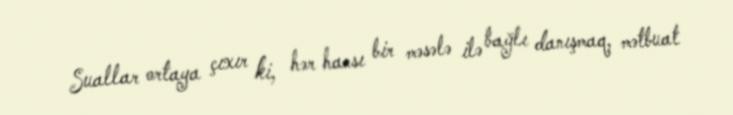
Suallar ortaya çıxır ki, hər hansı bir məsələ ilə bağlı danışmaq, mətbuat